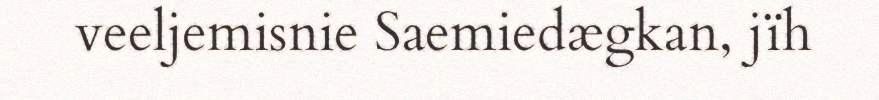
veeljemisnie Saemiedægkan, jïh